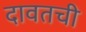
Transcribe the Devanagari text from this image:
दावतची